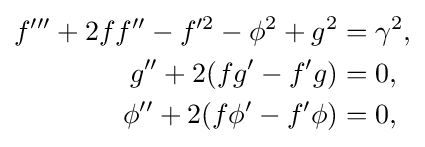
{\begin{aligned}f'''+2ff''-f'^{2}-\phi ^{2}+g^{2}&=\gamma ^{2},\\g''+2(fg'-f'g)&=0,\\\phi ''+2(f\phi '-f'\phi )&=0,\end{aligned}}